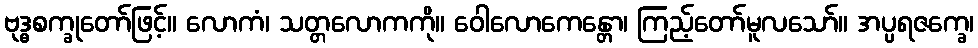
ဗုဒ္ဓစက္ခုတော်ဖြင့်။ လောကံ၊ သတ္တလောကကို။ ဝေါလောကေန္တော၊ ကြည့်တော်မူလသော်။ အပ္ပရဇက္ခေ၊